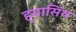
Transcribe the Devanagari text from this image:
ह्यासिंथ